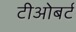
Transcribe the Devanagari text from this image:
टीओबर्ट